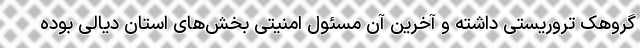
گروهک تروریستی داشته و آخرین آن مسئول امنیتی بخش‌های استان دیالی بوده